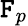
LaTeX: \mathtt{F}_{p}